Document type: Grant
Year: 1403
Scribe: Berenguer Pedrosell
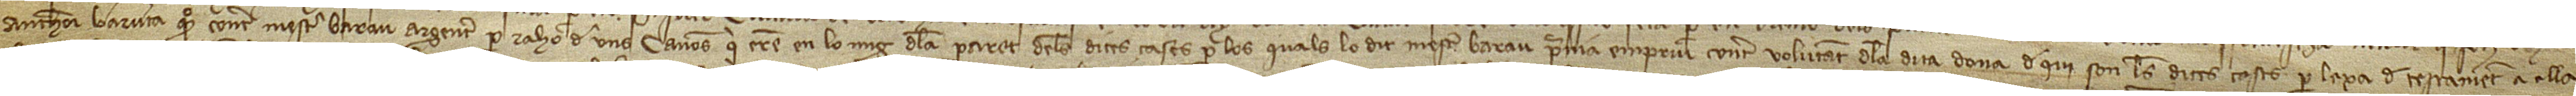
Anthoni Baruta, quòndam, contra mestre Barau, argenter, per rahó de uns canons qui eren en lo mig de la paret de les dites cases, per los quals lo dit mestre Barau prenia empriu contra voluntat de la dita dona, de qui són les dites cases per laxa de testament a ella